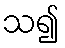
သ၍